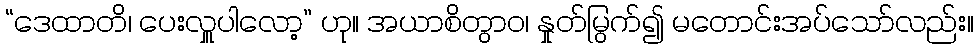
“ဒေထာတိ၊ ပေးလှူပါလော့” ဟု။ အယာစိတွာဝ၊ နှုတ်မြွက်၍ မတောင်းအပ်သော်လည်း။